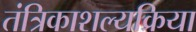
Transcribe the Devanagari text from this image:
तंत्रिकाशल्यक्रिया